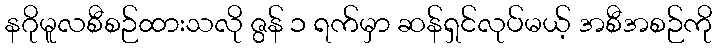
နဂိုမူလစီစဉ်ထားသလို ဇွန် ၁ ရက်မှာ ဆန်ရှင်လုပ်မယ့် အစီအစဉ်ကို